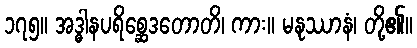
၁၇၅။ အဒ္ဓါနပရိစ္ဆေဒတောတိ၊ ကား။ မနုဿာနံ၊ တို့၏။